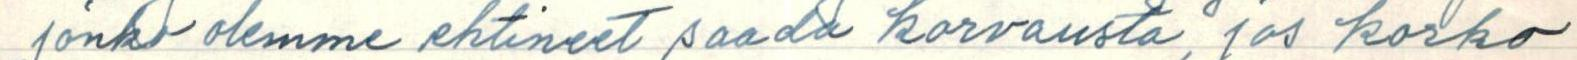
jonko olemme ehtineet saada korvausta, jos korko